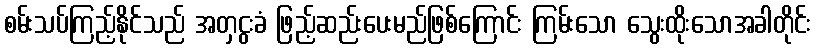
စမ်းသပ်ကြည့်နိုင်သည် အတှငွးခံ ဖြည့်ဆည်းပေးမည်ဖြစ်ကြောင်း ကြမ်းသော သွေးထိုးသောအခါတိုင်း